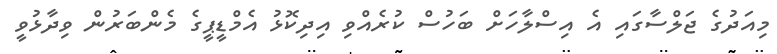
މިއަދުގެ ޖަލްސާގައި އެ އިސްލާހަށް ބަހުސް ކުރެއްވި އިދިކޮޅު އެމްޑީޕީގެ މެންބަރުން ވިދާޅުވީ